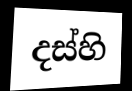
දස්හි